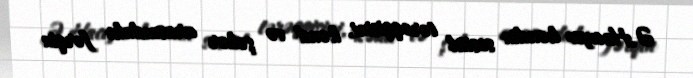
Ə.Hacıyev kəndin sosial tərəqqisini, kənd və şəhər arasındakı fərqin